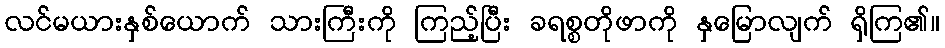
လင်မယားနှစ်ယောက် သားကြီးကို ကြည့်ပြီး ခရစ္စတိုဖာကို နှမြောလျက် ရှိကြ၏။